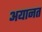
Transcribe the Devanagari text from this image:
अयानत